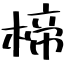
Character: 楴